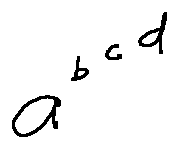
a ^ { b ^ { c ^ { d } } }